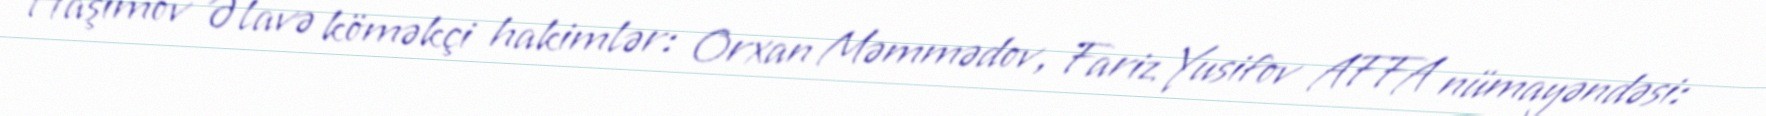
Haşımov Əlavə köməkçi hakimlər: Orxan Məmmədov, Fariz Yusifov AFFA nümayəndəsi: